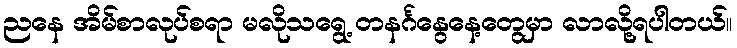
ညနေ အိမ်စာလုပ်စရာ မလိုသရွေ့ တနင်္ဂနွေနေ့တွေမှာ လာလို့ရပါတယ်။